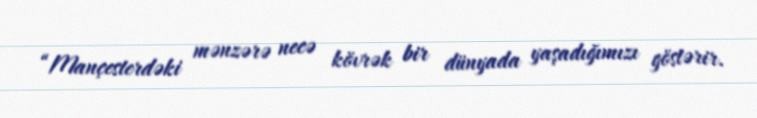
“Mançesterdəki mənzərə necə kövrək bir dünyada yaşadığımızı göstərir.